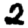
Digit: 2